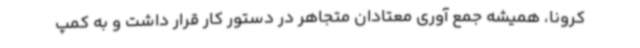
کرونا، همیشه جمع آوری معتادان متجاهر در دستور کار قرار داشت و به کمپ